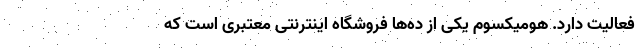
فعالیت دارد. هومیکسوم یکی از ده‌ها فروشگاه اینترنتی معتبری است که